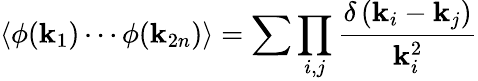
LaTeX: \left\langle\phi(\mathbf{k}_{1})\cdots\phi(\mathbf{k}_{2n})\right\rangle=\sum\prod_{i,j}{\frac{{\delta\left(\mathbf{k}_{i}-\mathbf{k}_{j}\right)}}{{\mathbf{k}_{i}^{2}}}}